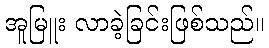
အူမြူး လာခဲ့ခြင်းဖြစ်သည်။